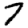
Digit: 7